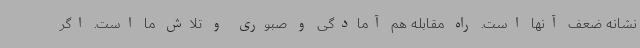
نشانه ضعف آنها است. راه مقابله هم آمادگی و صبوری و تلاش ما است. اگر